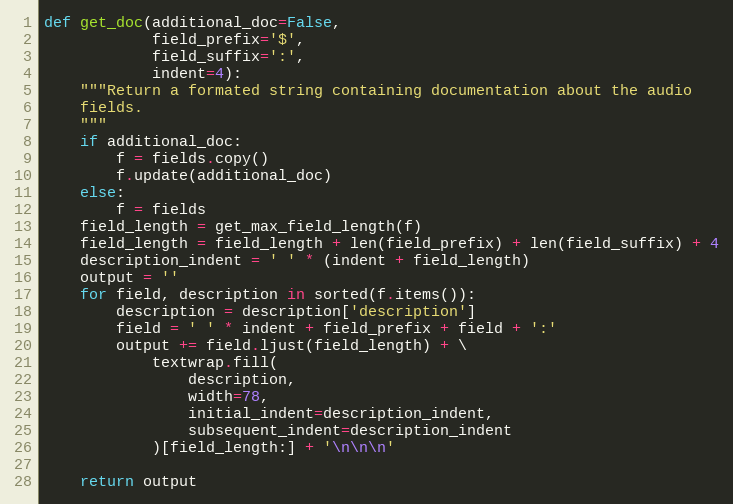
Language: Python
def get_doc(additional_doc=False,
            field_prefix='$',
            field_suffix=':',
            indent=4):
    """Return a formated string containing documentation about the audio
    fields.
    """
    if additional_doc:
        f = fields.copy()
        f.update(additional_doc)
    else:
        f = fields
    field_length = get_max_field_length(f)
    field_length = field_length + len(field_prefix) + len(field_suffix) + 4
    description_indent = ' ' * (indent + field_length)
    output = ''
    for field, description in sorted(f.items()):
        description = description['description']
        field = ' ' * indent + field_prefix + field + ':'
        output += field.ljust(field_length) + \
            textwrap.fill(
                description,
                width=78,
                initial_indent=description_indent,
                subsequent_indent=description_indent
            )[field_length:] + '\n\n\n'

    return output